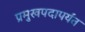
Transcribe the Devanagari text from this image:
प्रमुखपदापर्यंत